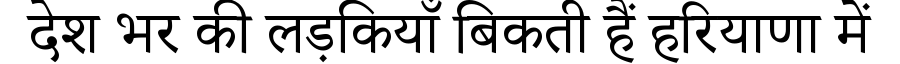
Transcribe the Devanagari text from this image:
देश भर की लड़कियाँ बिकती हैं हरियाणा में